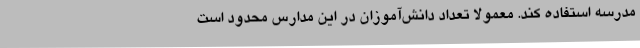
مدرسه استفاده کند. معمولا تعداد دانش‌آموزان در این مدارس محدود است